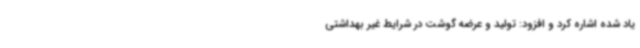
یاد شده اشاره کرد و افزود: تولید و عرضه گوشت در شرایط غیر بهداشتی